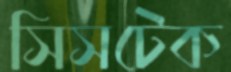
সিসটেক